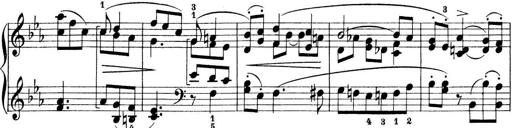
Title: Preis-Sonatine
Composer: Ernst James Bremner